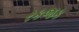
રકજક